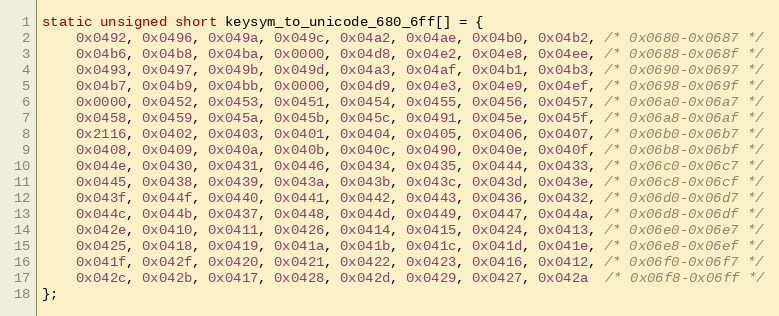
Language: C
static unsigned short keysym_to_unicode_680_6ff[] = {
    0x0492, 0x0496, 0x049a, 0x049c, 0x04a2, 0x04ae, 0x04b0, 0x04b2, /* 0x0680-0x0687 */
    0x04b6, 0x04b8, 0x04ba, 0x0000, 0x04d8, 0x04e2, 0x04e8, 0x04ee, /* 0x0688-0x068f */
    0x0493, 0x0497, 0x049b, 0x049d, 0x04a3, 0x04af, 0x04b1, 0x04b3, /* 0x0690-0x0697 */
    0x04b7, 0x04b9, 0x04bb, 0x0000, 0x04d9, 0x04e3, 0x04e9, 0x04ef, /* 0x0698-0x069f */
    0x0000, 0x0452, 0x0453, 0x0451, 0x0454, 0x0455, 0x0456, 0x0457, /* 0x06a0-0x06a7 */
    0x0458, 0x0459, 0x045a, 0x045b, 0x045c, 0x0491, 0x045e, 0x045f, /* 0x06a8-0x06af */
    0x2116, 0x0402, 0x0403, 0x0401, 0x0404, 0x0405, 0x0406, 0x0407, /* 0x06b0-0x06b7 */
    0x0408, 0x0409, 0x040a, 0x040b, 0x040c, 0x0490, 0x040e, 0x040f, /* 0x06b8-0x06bf */
    0x044e, 0x0430, 0x0431, 0x0446, 0x0434, 0x0435, 0x0444, 0x0433, /* 0x06c0-0x06c7 */
    0x0445, 0x0438, 0x0439, 0x043a, 0x043b, 0x043c, 0x043d, 0x043e, /* 0x06c8-0x06cf */
    0x043f, 0x044f, 0x0440, 0x0441, 0x0442, 0x0443, 0x0436, 0x0432, /* 0x06d0-0x06d7 */
    0x044c, 0x044b, 0x0437, 0x0448, 0x044d, 0x0449, 0x0447, 0x044a, /* 0x06d8-0x06df */
    0x042e, 0x0410, 0x0411, 0x0426, 0x0414, 0x0415, 0x0424, 0x0413, /* 0x06e0-0x06e7 */
    0x0425, 0x0418, 0x0419, 0x041a, 0x041b, 0x041c, 0x041d, 0x041e, /* 0x06e8-0x06ef */
    0x041f, 0x042f, 0x0420, 0x0421, 0x0422, 0x0423, 0x0416, 0x0412, /* 0x06f0-0x06f7 */
    0x042c, 0x042b, 0x0417, 0x0428, 0x042d, 0x0429, 0x0427, 0x042a  /* 0x06f8-0x06ff */
};